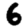
Digit: 6